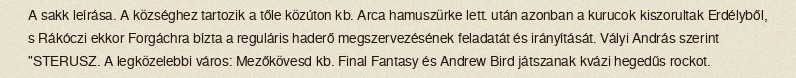
A sakk leírása. A községhez tartozik a tőle közúton kb. Arca hamuszürke lett. után azonban a kurucok kiszorultak Erdélyből, s Rákóczi ekkor Forgáchra bízta a reguláris haderő megszervezésének feladatát és irányítását. Vályi András szerint "STERUSZ. A legközelebbi város: Mezőkövesd kb. Final Fantasy és Andrew Bird játszanak kvázi hegedűs rockot.